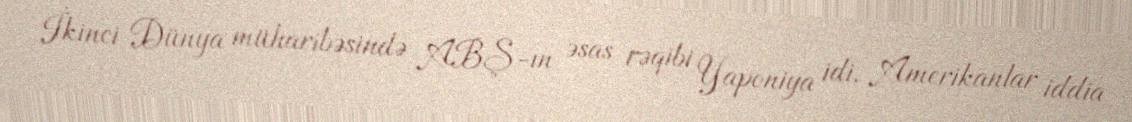
İkinci Dünya müharibəsində ABŞ-ın əsas rəqibi Yaponiya idi. Amerikanlar iddia